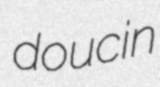
doucin